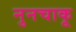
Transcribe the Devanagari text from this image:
नुनचाकू